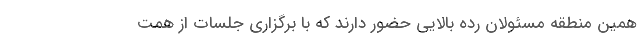
همین منطقه مسئولان رده بالایی حضور دارند که با برگزاری جلسات از همت